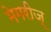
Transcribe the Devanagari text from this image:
मेमरीज्